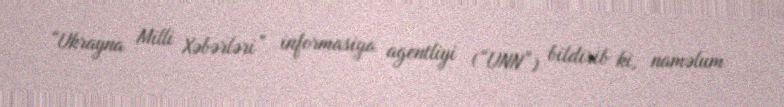
“Ukrayna Milli Xəbərləri” informasiya agentliyi (“UNN”) bildirib ki, naməlum